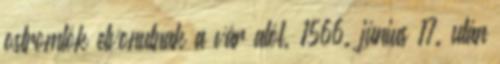
ostromlók elvonulnak a vár alól. 1566. június 17. után